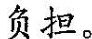
负担